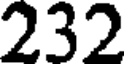
232